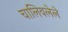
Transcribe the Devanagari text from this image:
चालिवलेले